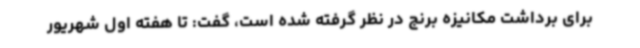
برای برداشت مکانیزه برنج در نظر گرفته شده است، گفت: تا هفته اول شهریور